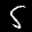
Label: 5